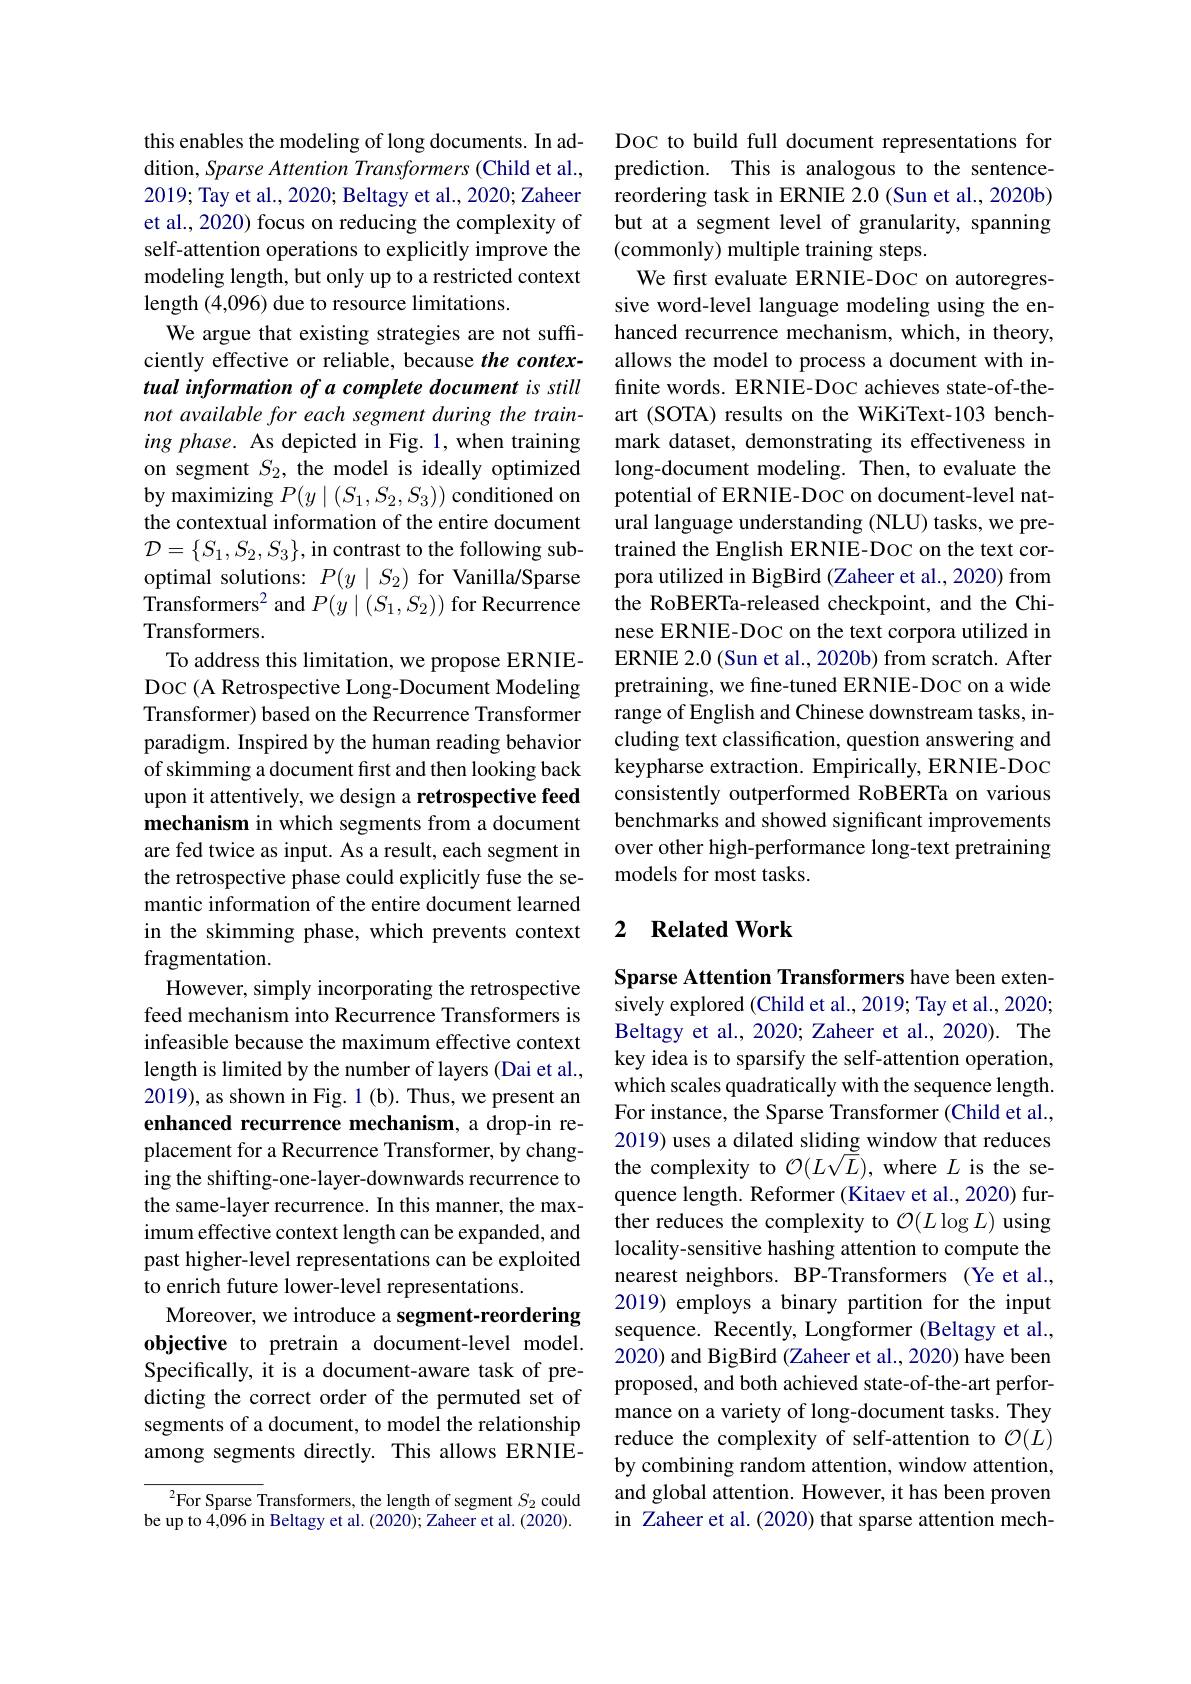
this enables the modeling of long documents. In addition, Sparse Attention Transformers (Child et al., 2019; Tay et al., 2020; Beltagy et al., 2020; Zaheer et al., 2020) focus on reducing the complexity of self-attention operations to explicitly improve the modeling length, but only up to a restricted context length (4,096) due to resource limitations.
We argue that existing strategies are not sufficiently effective or reliable, because the contextual information of a complete document is still not available for each segment during the training phase. As depicted in Fig. 1, when training on segment $S_2$, the model is ideally optimized by maximizing $P(y\mid(S_1,S_2,S_3))$ conditioned on the contextual information of the entire document $\mathcal{D}=\{S_1,S_2,S_3\}$,in contrast to the following suboptimal solutions: $P(y\mid S_2)$ for Vanilla/Sparse Transformers$^2$ and $P(y\mid(S_1,S_2))$ for Recurrence Transformers.
To address this limitation, we propose ERNIEDOC (A Retrospective Long-Document Modeling Transformer) based on the Recurrence Transformer paradigm. Inspired by the human reading behavior of skimming a document first and then looking back upon it attentively, we design a retrospective feed mechanism in which segments from a document are fed twice as input. As a result, each segment in the retrospective phase could explicitly fuse the semantic information of the entire document learned in the skimming phase, which prevents context fragmentation.
However, simply incorporating the retrospective feed mechanism into Recurrence Transformers is infeasible because the maximum effective context length is limited by the number of layers (Dai et al., 2019), as shown in Fig. 1 (b). Thus, we present an enhanced recurrence mechanism, a drop-in replacement for a Recurrence Transformer, by changing the shifting-one-layer-downwards recurrence to the same-layer recurrence. In this manner, the maximum effective context length can be expanded, and past higher-level representations can be exploited to enrich future lower-level representations.
Moreover, we introduce a segment-reordering objective to pretrain a document-level model. Specifically, it is a document-aware task of predicting the correct order of the permuted set of segments of a document, to model the relationship among segments directly. This allows ERNIE-

${^{2}\text{For Sparse T}}$ransformers, the length of segment $S_2$ could be up to 4,096 in Beltagy et al. (2020); Zaheer et al. (2020).

Doc to build full document representations for prediction. This is analogous to the sentencereordering task in ERNIE 2.0 (Sun et al., 2020b) but at a segment level of granularity, spanning (commonly) multiple training steps.
We first evaluate ERNIE-DOC on autoregressive word-level language modeling using the enhanced recurrence mechanism, which, in theory, allows the model to process a document with infinite words. ERNIE-DOC achieves state-of-theart (SOTA) results on the WiKiText-103 benchmark dataset, demonstrating its effectiveness in long-document modeling. Then, to evaluate the potential of ERNIE-Doc on document-level natural language understanding (NLU) tasks, we pretrained the English ERNIE-DOC on the text corpora utilized in BigBird (Zaheer et al., 2020) from the RoBERTa-released checkpoint, and the Chinese ERNIE-DOC on the text corpora utilized in ERNIE 2.0 (Sun et al., 2020b) from scratch. After pretraining, we fine-tuned ERNIE-DOC on a wide range of English and Chinese downstream tasks, including text classification, question answering and keypharse extraction. Empirically, ERNIE-DOC consistently outperformed RoBERTa on various benchmarks and showed significant improvements over other high-performance long-text pretraining models for most tasks.

## 2 Related Work

Sparse Attention Transformers have been extensively explored (Child et al., 2019; Tay et al., 2020; Beltagy et al., 2020; Zaheer et al., 2020). The key idea is to sparsify the self-attention operation, which scales quadratically with the sequence length. For instance, the Sparse Transformer (Child et al., 2019) uses a dilated sliding window that reduces the complexity to $\mathcal{O}(L\sqrt{L})$, where $L$ is the sequence length. Reformer (Kitaev et al., 2020) further reduces the complexity to $\mathcal{O}(L\log L)$ using locality-sensitive hashing attention to compute the nearest neighbors. BP-Transformers (Ye et al. 2019) employs a binary partition for the input sequence. Recently, Longformer (Beltagy et al., 2020) and BigBird (Zaheer et al., 2020) have been proposed, and both achieved state-of-the-art performance on a variety of long-document tasks. They reduce the complexity of self-attention to $\mathcal{O}(L)$ by combining random attention, window attention, and global attention. However, it has been proven in Zaheer et al.(2020) that sparse attention mech-